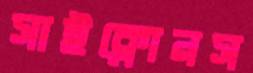
সাইক্লোনস